Newspaper: The Anaconda standard. [volume]
Place of publication: Anaconda, Mont.
Publisher: Standard Pub. Co.
Date: 1890-04-08 00:00:00
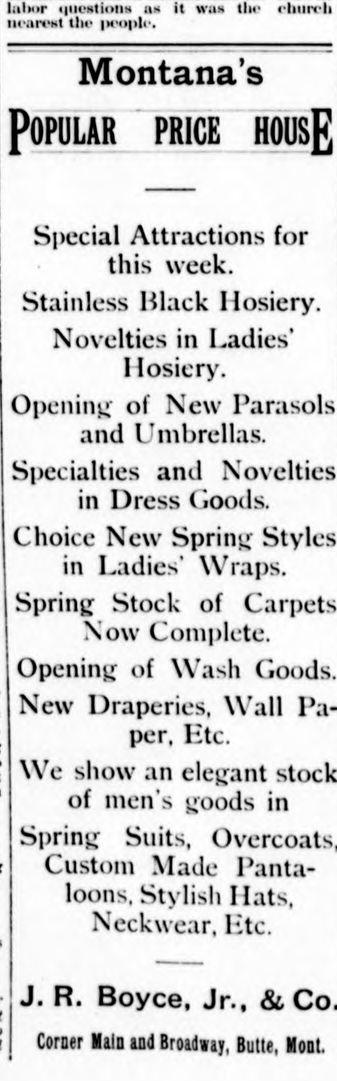
Advertisement text (OCR):
, Ilnhur lyustiolns a it wam the* claurch nIearelt tlhe iw'opl.. - Montana's POPULAR PRICE HOUSE Special Attractions for this week. Stainless Black Hosiery. Novelties in Ladies' I losiery. Opening of New Parasols and Umbrellas. Specialties and Novelties in Dress (;oods. Choice New Spring Styles in Ladies' Wraps. Spring Stock of Carpets Now Complete. Opening of \Vash Goods. New Draperies, \Vall Pa per, Etc. We show an elegant of men's goods in Spring Suits, Custom Made Panta loons, Stylish liats, Neckwear, Etc. J. R. Boyce, Jr., & Corner Ild and Broadwq, Butte, Molt.
Label: text-only